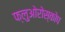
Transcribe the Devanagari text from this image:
फ्लुओरोस्कोप